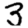
Digit: 3